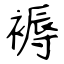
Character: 褥